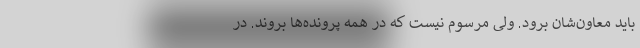
باید معاون‌شان برود. ولی مرسوم نیست که در همه پرونده‌ها بروند. در